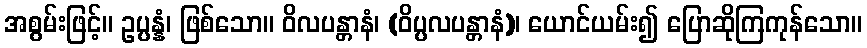
အစွမ်းဖြင့်။ ဥပ္ပန္နံ၊ ဖြစ်သော။ ဝိလပန္တာနံ၊ (ဝိပ္ပလပန္တာနံ)၊ ယောင်ယမ်း၍ ပြောဆိုကြကုန်သော။